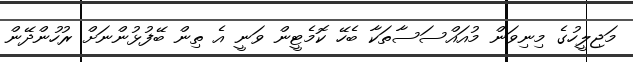
މަޖިލީހުގެ މިނިވަން މުއައްސަސާތަކާ ބެހޭ ކޮމެޓީން ވަނީ އެ ތިން ބޭފުޅުންނަށް ރުހުންދޭން